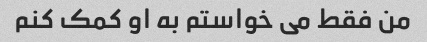
من فقط می خواستم به او کمک کنم